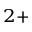
^ { 2 + }